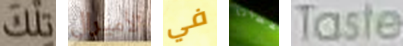
تلك الأميرال في أعطانا Taste